Annual report of the Central Committee of the Association together with the report of the directors of the Pasteur Institute at Kasauli
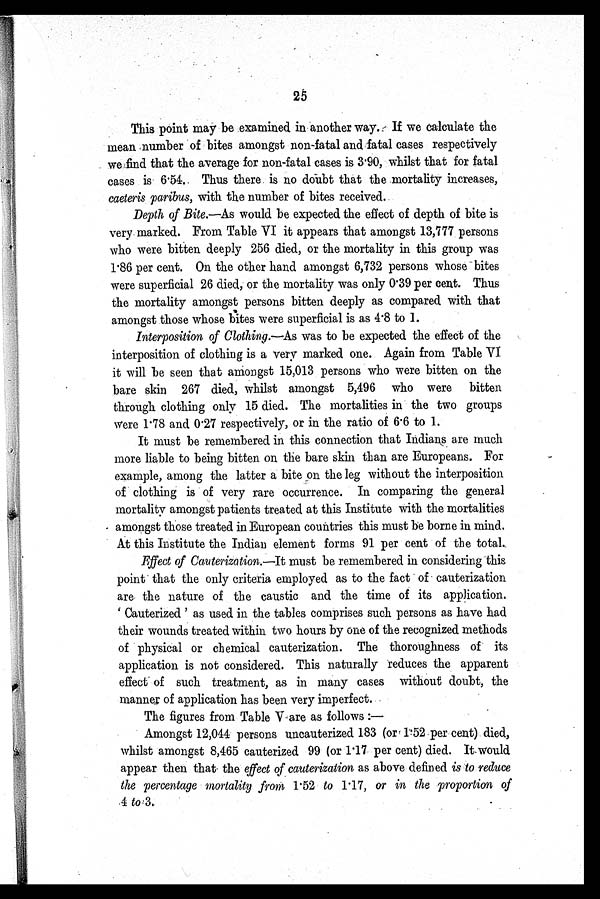
25
This point may be examined in another way. If we calculate the
mean number of bites amongst non-fatal and fatal cases respectively
we find that the average for non-fatal cases is 3.90, whilst that for fatal
cases is 6.54. Thus there is no doubt that the mortality increases,
caeteris paribus, with the number of bites received.
Depth of Bite.—As would be expected the effect of depth of bite is
very marked. From Table VI it appears that amongst 13,777 persons
who were bitten deeply 256 died, or the mortality in this group was
1 . 86 per cent. On the other hand amongst 6,732 persons whose bites
were superficial 26 died, or the mortality was only 0.39 per cent. Thus
the mortality amongst persons bitten deeply as compared with that
amongst those whose bites were superficial is as 4.8 to 1.
Interposition of Clothing.
—As was to be expected the effect of the
interposition of clothing is a very marked one. Again from Table VI
it will be seen that amongst 15,013 persons who were bitten on the
bare skin 267 died, whilst amongst 5,496 who were bitten
through clothing only 15 died. The mortalities in the two groups
were 1.78 and 0.27 respectively, or in the ratio of 6.6 to 1.
It must be remembered in this connection that Indians are much
more liable to being bitten on the bare skin than are Europeans. For
example, among the latter a bite on the leg without the interposition
of clothing is of very rare occurrence. In comparing the general
mortality amongst patients treated at this Institute with the mortalities
amongst those treated in European countries this must be borne in mind.
At this Institute the Indian element forms 91 per cent of the total.
Effect of Cauterization.—It must be remembered in considering this
point that the only criteria employed as to the fact of cauterization
are the nature of the caustic and the time of its application.
' C a u t e r i z e d ' a s u s e d i n t h e t a b l e s c o m p r i s e s s u c h p e r s o n s a s h a v e h a d
their wounds treated within two hours by one of the recognized methods
of physical or chemical cauterization. The thoroughness of its
application is not considered. This naturally reduces the apparent
effect of such treatment, as in many cases without doubt, the
manner of application has been very imperfect.
The figures from Table V are as follows :
—
Amongst 12,044 persons uncauterized 183 (or 1.52 per cent) died,
whilst amongst 8,465 cauterized 99 (or 1.17 per cent) died. It would
appear then that the effect of cauterization as above defined is to reduce
the percentage mortality from 1.52 to 1.17, or in the proportion of
4 to3.